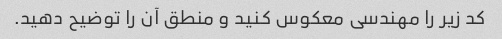
کد زیر را مهندسی معکوس کنید و منطق آن را توضیح دهید.